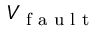
V _ { \textrm { f a u l t } }